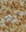
لم